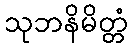
သုဘနိမိတ္တံ